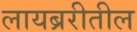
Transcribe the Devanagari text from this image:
लायब्ररीतील